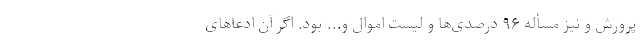
پرورش و نیز مسأله ۹۶ درصدی‌ها و لیست اموال و... بود. اگر آن ادعاهای